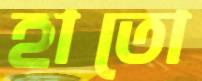
হাতো